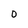
Character: 0